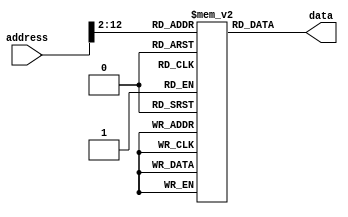
module prog_rom(/*autoport*/
//output
            data,
//input
            address);

input wire [31:0] address;
output wire [31:0] data;

reg[31:0] rom[0:2047];

initial begin
    // rom[0] <= 32'h3401aa00;
    // rom[1] <= 32'h340255aa;
    // rom[2] <= 32'h3403ffff;
    // rom[3] <= 32'h34041234;
    // rom[4] <= 32'h20450123; // addi $5, $2, 0x123
    // rom[5] <= 32'h00000000;
    // $readmemh("test_rom.txt",rom);
end

// assign data = {rom[address+32'd3],
//                 rom[address+32'd2],
//                 rom[address+32'd1],
//                 rom[address]};

assign data = rom[address[31:2]];


endmodule